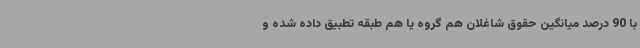
با 90 درصد میانگین حقوق شاغلان هم گروه یا هم طبقه تطبیق داده شده و